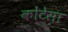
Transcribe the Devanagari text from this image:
कोंटेसा